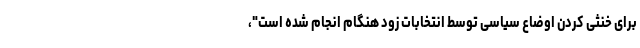
برای خنثی کردن اوضاع سیاسی توسط انتخابات زود هنگام انجام شده است"،